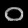
Digit: ၀